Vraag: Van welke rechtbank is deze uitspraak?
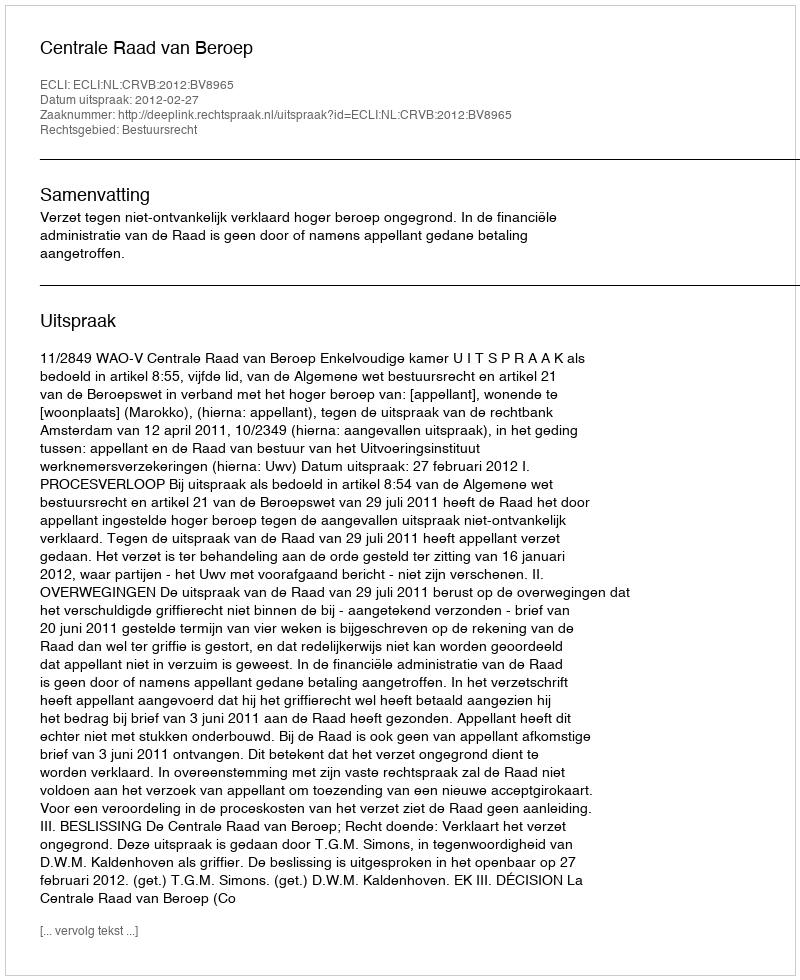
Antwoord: Centrale Raad van Beroep